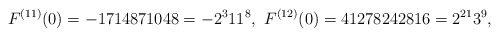
\begin{align*}F^{(11)}(0)=-1714871048=-2^{3}11^{8},\ F^{(12)}(0)=41278242816=2^{21}3^{9},\end{align*}